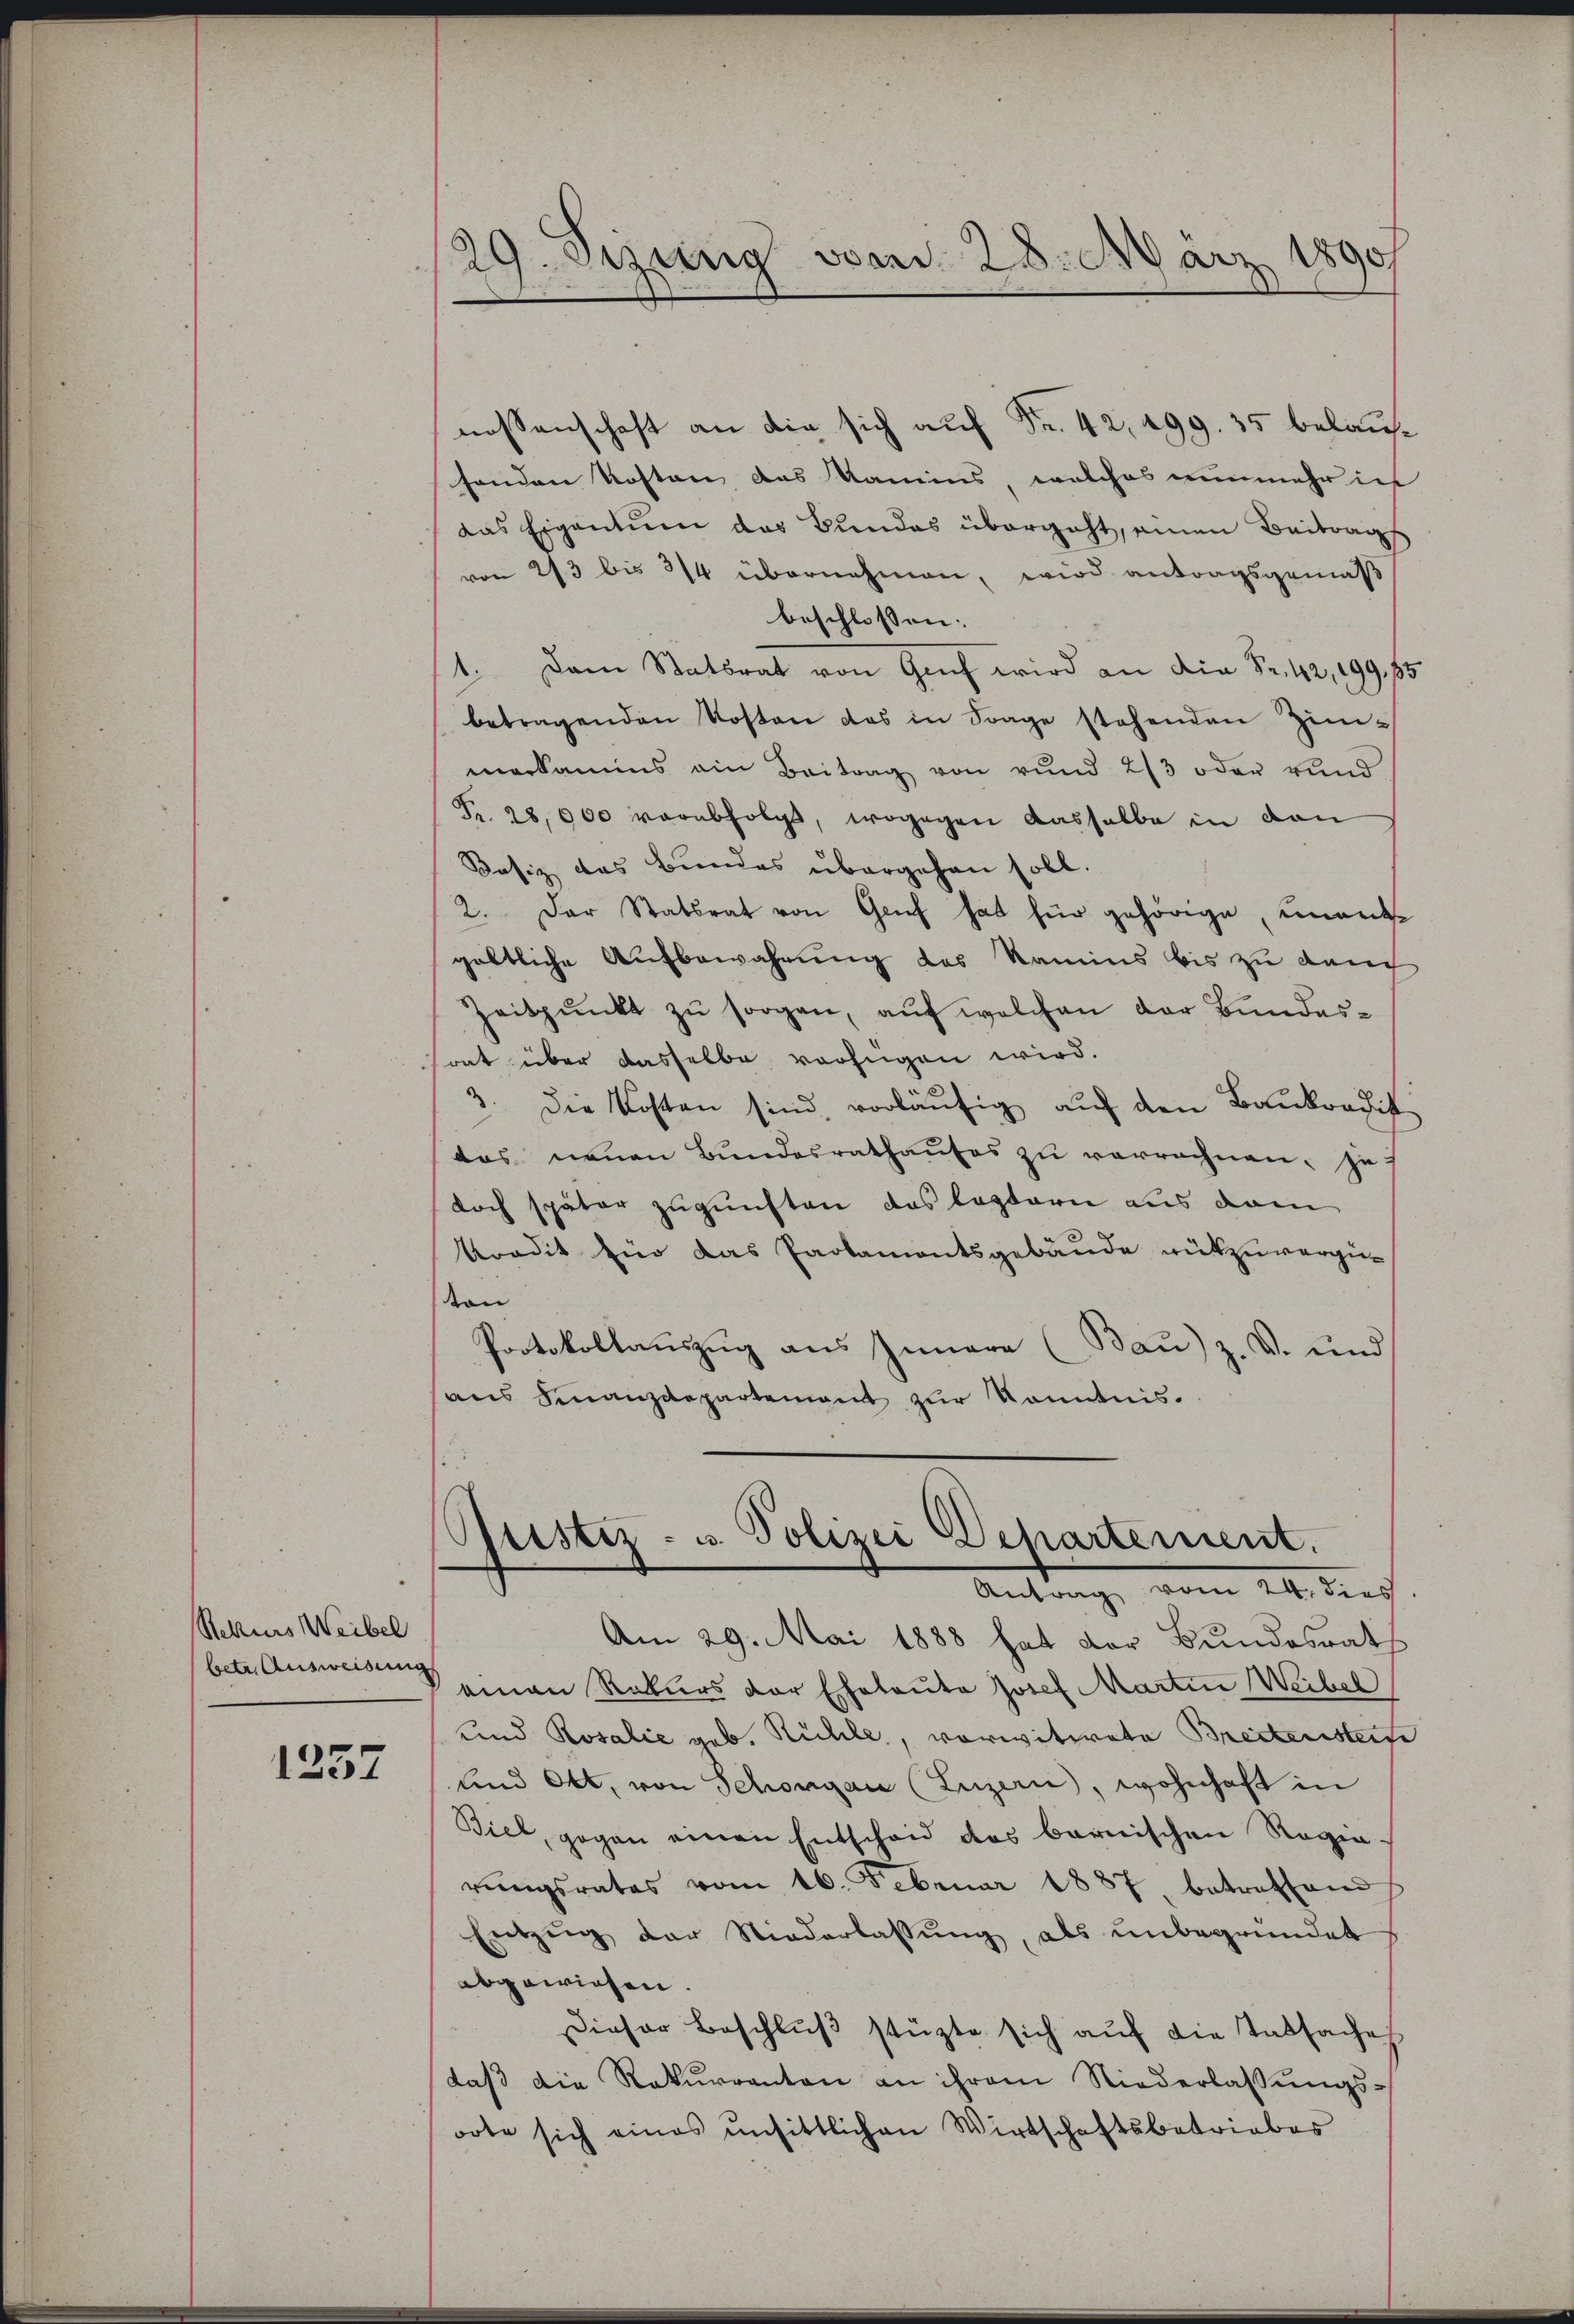
Rekurs Weibel
betr. Ausweisung

1257

29. Sizung vom 28. März 1890

Justiz- u. Polizei Departement.
Antrag, vom 21. darf.

nossenschaft an die sich auf Fr. 42, 499. 35 belaufe
senden Kosten das Kamins, welches nunmehr in
das Eigentum das Bundes übergeht einen Beitrags
von 2/3 bis 3/4 übernehmen, wird antragsgemäß
beschlossen:
1. Dem Statbrat von Graf wird an die Fr. 42, 199, 15
betragenden Kosten das in Frage stehenden Zim-
markanns ein Beitrag von rund 2/3 oder vnnd
Pr. 28,000 verabfolgt, wogegen dasselbe in dan
Besiz das Bundes übergehen soll.
2. Der Statsrat von Genf hat für gehörige, unentgöttliche Aufbewahrung des Kamins bis zu dauch
Zeitpunkt zu sorgen, auf welchen der Bundestrat über dasselbe verfügen wird.
1. Die Kosten sind vorläufig auf den Baukordit
das neuen Bŭndesrathaŭses zŭ verrechnen, je-
doch später zugunsten das leztern aus dem
kredit ein das Parlamentsgebäude rückzuvergüton
Protokollauszug aus Innere (Bau) z. V. und
aus Finanzdepartement zur Kenntnis.

Am 29. Mai 1888 hat der Bundesrath
einen Rekurs der Eheleute Josef Martin Weibel
und Rosalie geb. Rühle, vorwitwete Breitensteite
und Ott, von Schongau (Luzern, wohnhaft in
Biel, gegen einen Entscheid das barnischen Regia
rŭngsrates vom 16. Februar 1887 betreffend
Entzŭg der Niederlassŭng, als ŭnbegründet
abgewiesen.
Dieser Beschluß stürzte sich auf die Tatsache
daβ die Rekurranten an ihrem Niederlassŭngs-
oote sich eines unsittlichen Wirtschaftsbetriebes